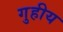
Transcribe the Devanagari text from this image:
गुहीय